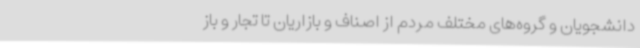
دانشجویان و گروه‌های مختلف مردم از اصناف و بازاریان تا تجار و باز